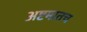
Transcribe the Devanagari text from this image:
अष्टमातच